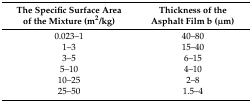
<table><thead><tr><td><b>The Specific Surface Area of the Mixture (m<sup>2</sup>/kg)</b></td><td><b>Thickness of the Asphalt Film b (μm)</b></td></tr></thead><tbody><tr><td>0.023–1</td><td>40–80</td></tr><tr><td>1–3</td><td>15–40</td></tr><tr><td>3–5</td><td>6–15</td></tr><tr><td>5–10</td><td>4–10</td></tr><tr><td>10–25</td><td>2–8</td></tr><tr><td>25–50</td><td>1.5–4</td></tr></tbody></table>